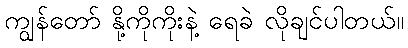
ကျွန်တော် နို့ကိုကိုးနဲ့ ရေခဲ လိုချင်ပါတယ်။